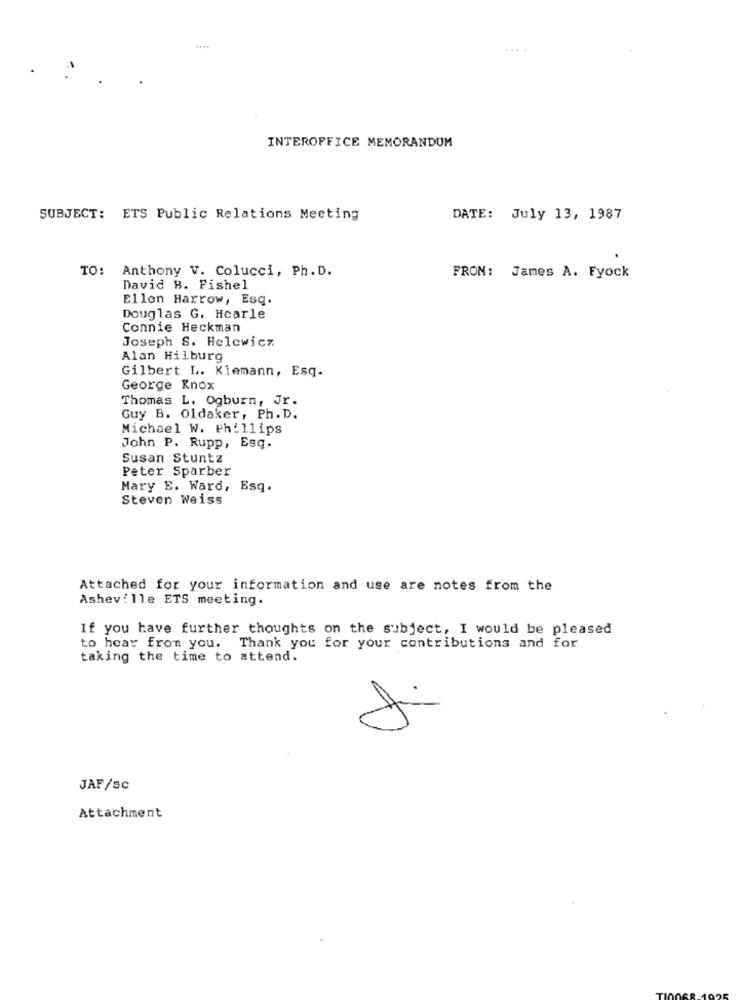
....
INTEROFFICE MEMORANDUM
SUBJECT: ETS Public Relations Meeting
DATE: July 13, 1987
TO: Anthony V. Colucci, Ph. D.
FROM: James A. Fyock
David H. Fishel
Ellen Harrow, Esq.
Douglas G. Hearle
Connie Heckman
Joseph S. Helewicz
Alan Hilburg
Gilbert L. Kiemann, Esq.
George Knox
Thomas L. Ogburn, Jr.
Guy B. Oldaker, Ph. D.
Michael W. Phillips
John P. Rupp, Esq.
Susan Stuntz
Peter Sparber
Mary E. Ward, Esq.
Steven Weiss
Attached for your information and use are notes from the
Asheville ETS meeting.
If you have further thoughts on the subject, I would be pleased
to hear from you. Thank you for your contributions and for
taking the time to attend.
JAF/sc
Attachment